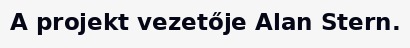
A projekt vezetője Alan Stern.